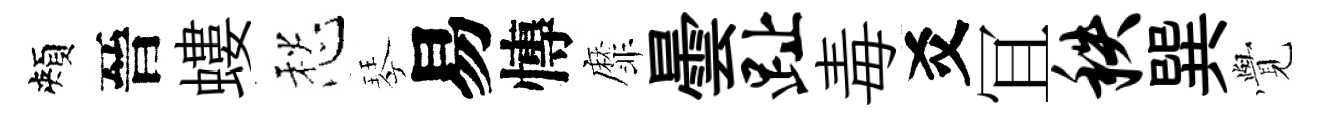
頰晉螻愁琴易慱靡曇趾毒爻冝秩巽𮗜